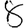
Digit: 8